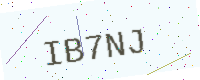
Text: IB7NJ